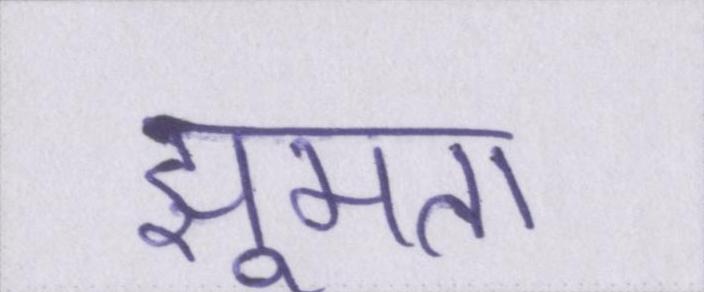
झूमता